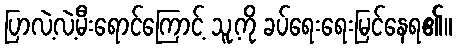
ပြာလဲ့လဲ့မီးရောင်ကြောင့် သူ့ကို ခပ်ရေးရေးမြင်နေရ၏။